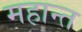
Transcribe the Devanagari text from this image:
महान्त